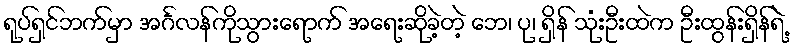
ရုပ်ရှင်ဘက်မှာ အင်္ဂလန်ကိုသွားရောက် အရေးဆိုခဲ့တဲ့ ဘေ၊ ပု၊ ရှိန် သုံးဦးထဲက ဦးထွန်းရှိန်ရဲ့